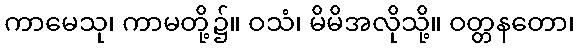
ကာမေသု၊ ကာမတို့၌။ ဝသံ၊ မိမိအလိုသို့။ ဝတ္တနတော၊